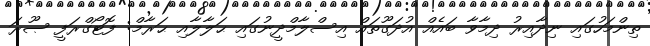
ތިންމަހުގައި ނިދާއިރު ދިމާވާ ބައެއް އުދަގޫތައް އިސްލާމްދީނުގައި ޙަލާލާއި ޙަރާމް: ފޮޓޯގްރަފީ ޞޫރަ